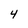
Character: 4